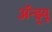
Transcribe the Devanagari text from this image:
ॲन्ड्र्‍यू